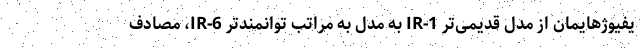
یفیوژهایمان از مدل قدیمی‌تر IR-1 به مدل به مراتب توانمندتر IR-6، مصادف